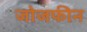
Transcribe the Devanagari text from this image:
जोजफीन